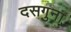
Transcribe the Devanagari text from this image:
दसगुना